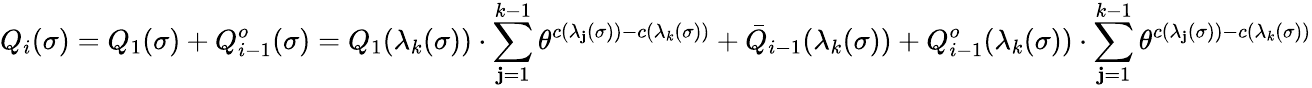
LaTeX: Q_{i}(\sigma)=Q_{1}(\sigma)+Q_{i-1}^{o}(\sigma)=Q_{1}(\lambda_{k}(\sigma))\cdot\sum_{\mathbf{j}=1}^{k-1}\theta^{c(\lambda_{\mathbf{j}}(\sigma))-c(\lambda_{k}(\sigma))}+\bar{{Q}}_{i-1}(\lambda_{k}(\sigma))+Q_{i-1}^{o}(\lambda_{k}(\sigma))\cdot\sum_{\mathbf{j}=1}^{k-1}\theta^{c(\lambda_{\mathbf{j}}(\sigma))-c(\lambda_{k}(\sigma))}